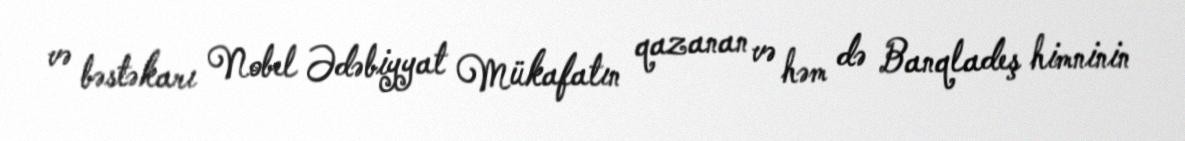
və bəstəkarı Nobel Ədəbiyyat Mükafatın qazanan və həm də Banqladeş himninin